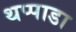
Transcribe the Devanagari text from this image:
थप्पाडा